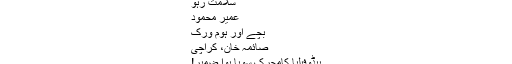
سلامت رہو
عمیر محمود
بچے اور ہوم ورک
صائمہ خان، کراچی
پیڈوفیلیا کامحرک سویا ہوا ضمیر!